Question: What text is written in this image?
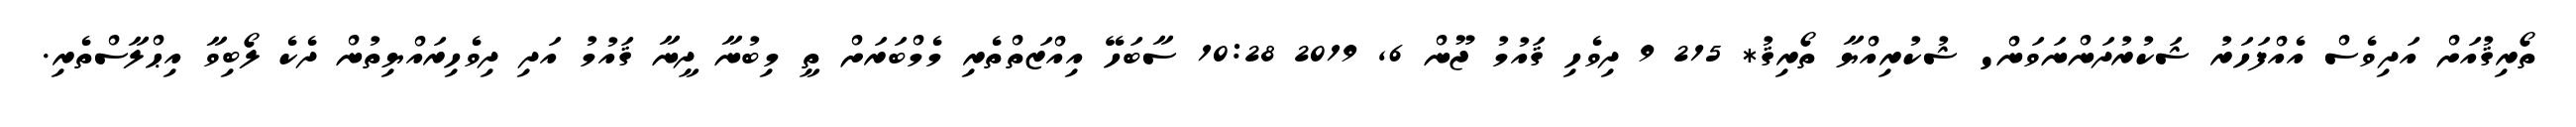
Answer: ތޯރިޤުއަށް އަދިވެސް އެއްފަހަރު ޝަކުރުދަންނަވަން' ޝުކުރިއްޔާ ތޯރިޤު* 215 9 ދިވެހި ޤައުމު ޖޫން 6, 2019 10:28 ސާބަހޭ އިއްޒަތްތެރި މެމްބަރަށް ތީ މިބުނާ ދީނާ ޤައުމު އަދި ދިވެހިރައްޔިތުން ދެކެ ލޯބިވާ އިޙްލާސްތެރި.